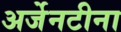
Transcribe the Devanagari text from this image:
अर्जेनटीना